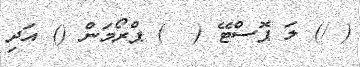
( /) ލަ ޕޮސްޓޭ (  ) ޕްރޯމަން () އަދި